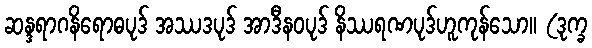
ဆန္ဒရာဂနိရောဓပုဒ် အဿဒပုဒ် အာဒီနဝပုဒ် နိဿရဏပုဒ်ဟူကုန်သော။ (ဒုက္ခ